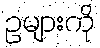
ဥများကို